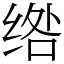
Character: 绺